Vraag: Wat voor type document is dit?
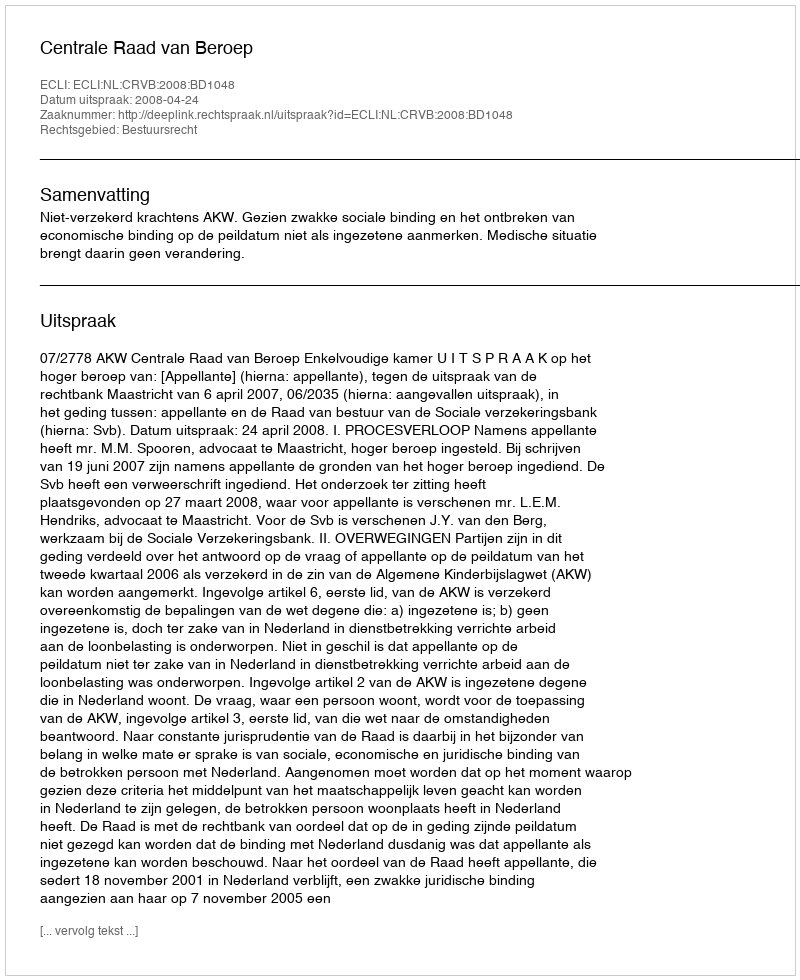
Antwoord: Uitspraak